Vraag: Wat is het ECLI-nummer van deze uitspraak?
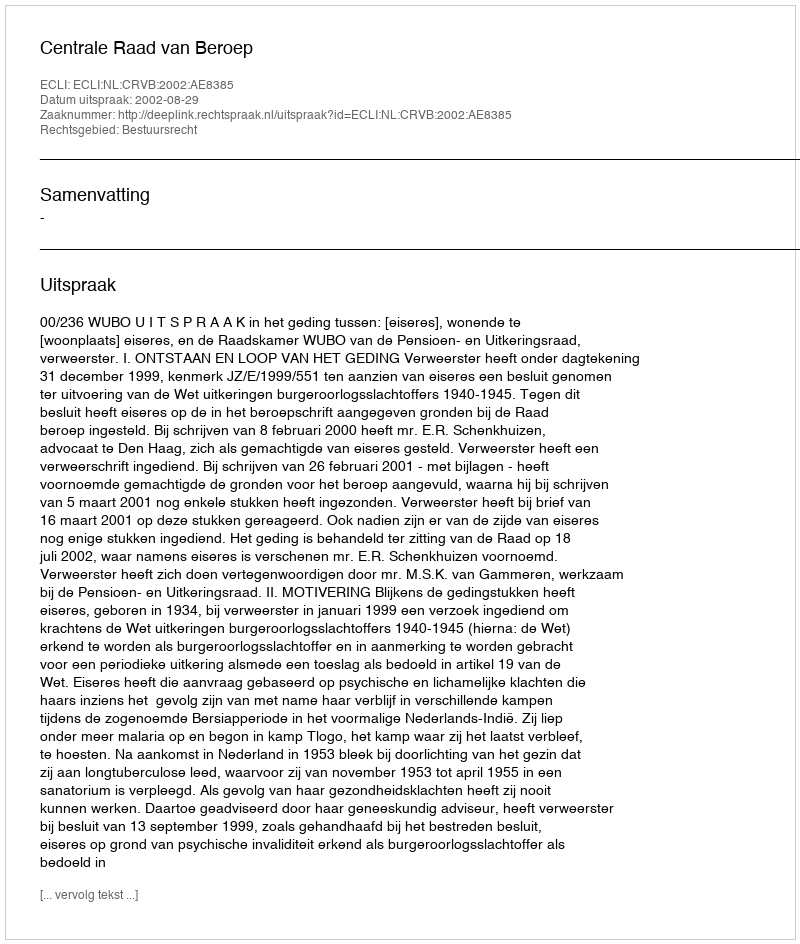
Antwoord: ECLI:NL:CRVB:2002:AE8385